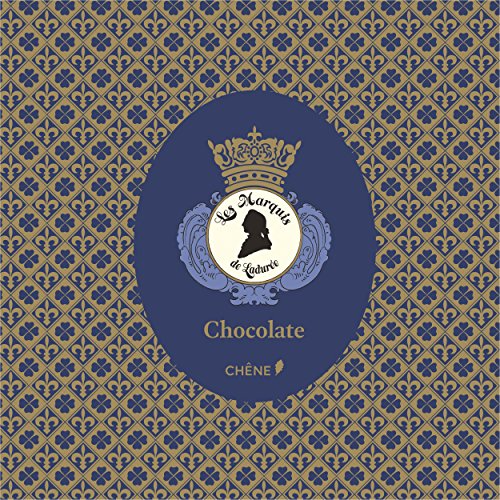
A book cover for LadurÃ©e Chocolate; Vincent Lemains; Cookbooks, Food & Wine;